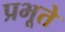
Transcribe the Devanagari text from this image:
प्रभूते